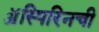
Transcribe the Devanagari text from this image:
ॲस्पिरिनची